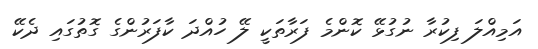
އަމިއްލަ ފިކުރާ ނުގުޅޭ ކޮންމެ ފަރާތަކީ ލޭ ހުއްދަ ކާފަރުންގެ ގޮތުގައި ދެކޭ